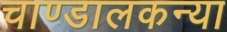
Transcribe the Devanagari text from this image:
चाण्डालकन्या